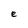
Character: e